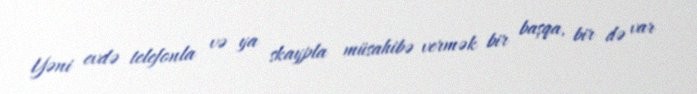
Yəni evdə telefonla və ya skaypla müsahibə vermək bir başqa, bir də var